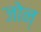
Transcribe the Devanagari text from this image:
जोन्